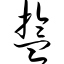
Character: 盂